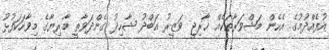
އުފެއްދުމުގެ އެހެން މަޝްވަރާތަކެއް ޚާރިޖީ ވަޒީރު އަބްދު ޝާހިދު ގެންދަވާތީ މާރިޔާގެ މިވާހަކަފުޅު